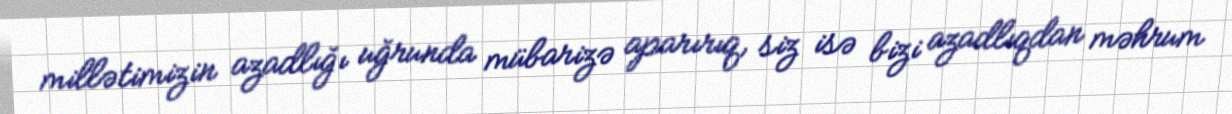
millətimizin azadlığı uğrunda mübarizə aparırıq, siz isə bizi azadlıqdan məhrum